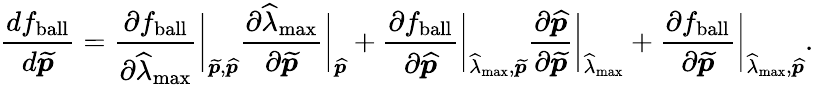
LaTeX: \frac{df_{\mathrm{{ball}}}}{d\widetilde{\boldsymbol{p}}}=\frac{\partial f_{\mathrm{ball}}}{\partial\widehat{\lambda}_{\mathrm{{max}}}}\bigg\lvert_{\widetilde{\boldsymbol{p}},\widehat{\boldsymbol{p}}}\frac{\partial\widehat{\lambda}_{\mathrm{max}}}{\partial\widetilde{\boldsymbol{p}}}\bigg\lvert_{\widehat{\boldsymbol{p}}}+\frac{\partial f_{\mathrm{{ball}}}}{\partial\widehat{\boldsymbol{p}}}\bigg\lvert_{\widehat{\lambda}_{\mathrm{max}},\widetilde{\boldsymbol{p}}}\frac{\partial\widehat{\boldsymbol{p}}}{\partial\widetilde{\boldsymbol{p}}}\bigg\lvert_{\widehat{\lambda}_{\mathrm{{max}}}}+\frac{\partial f_{\mathrm{ball}}}{\partial\widetilde{\boldsymbol{p}}}\bigg\lvert_{\widehat{\lambda}_{\mathrm{{max}}},\widehat{\boldsymbol{p}}}.